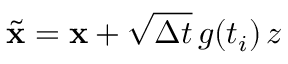
\tilde { \mathbf { x } } = \mathbf { x } + \sqrt { \Delta t } \, g ( t _ { i } ) \, z